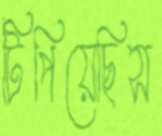
টিপিয়েছিস